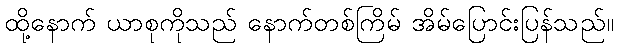
ထို့နောက် ယာစုကိုသည် နောက်တစ်ကြိမ် အိမ်ပြောင်းပြန်သည်။